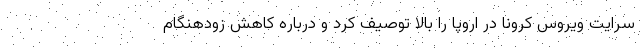
سرایت ویروس کرونا در اروپا را بالا توصیف کرد و درباره کاهش زودهنگام